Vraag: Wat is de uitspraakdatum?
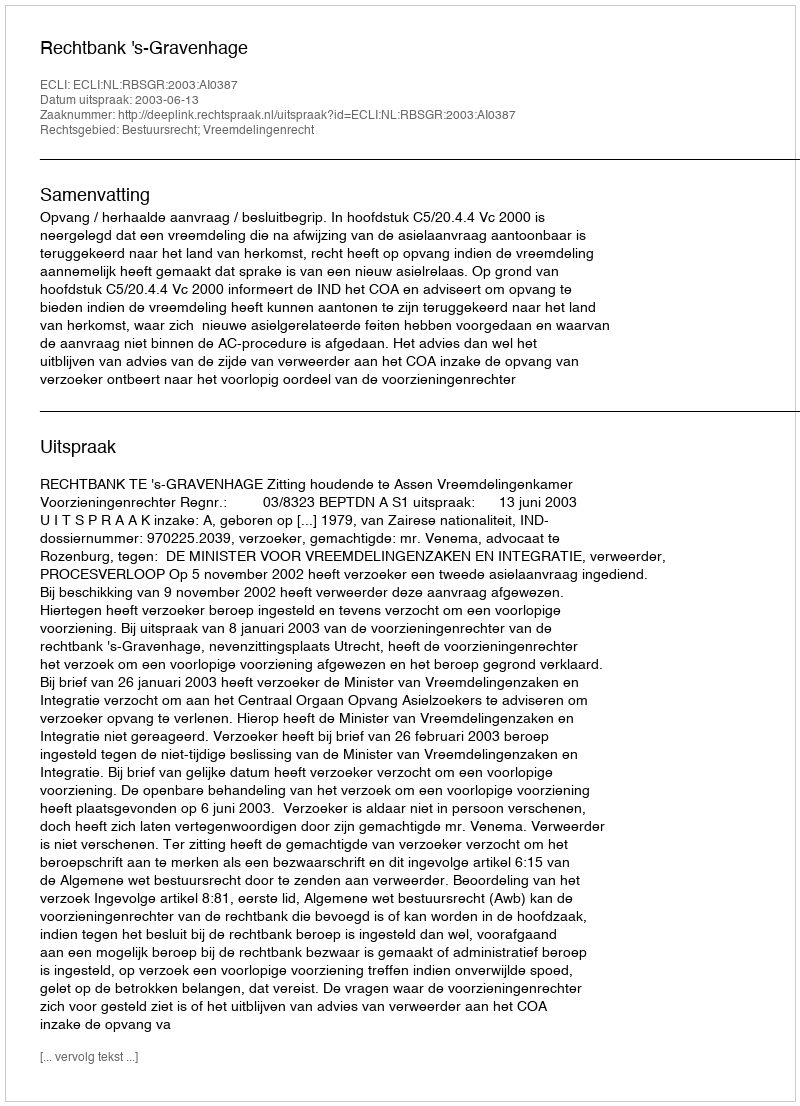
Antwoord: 2003-06-13